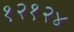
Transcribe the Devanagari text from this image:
१२१२४